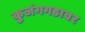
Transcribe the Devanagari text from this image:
कुजंगगडावर